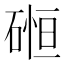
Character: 𮀲